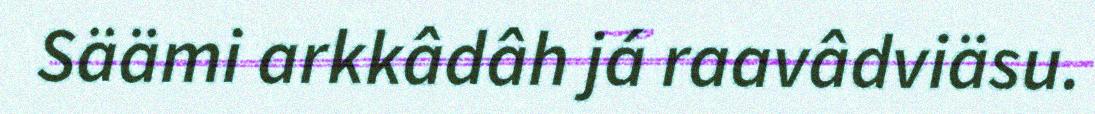
Säämi arkkâdâh já raavâdviäsu.